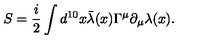
S = \frac { i } { 2 } \int d ^ { 1 0 } x \bar { \lambda } ( x ) \Gamma ^ { \mu } \partial _ { \mu } \lambda ( x ) .